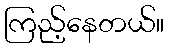
ကြည့်နေတယ်။